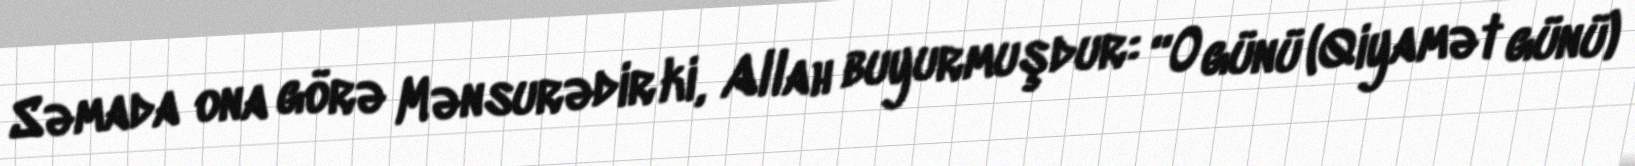
Səmada ona görə Mənsurədir ki, Allah buyurmuşdur: “O günü (Qiyamət günü)